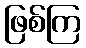
ဖြစ်ကြ